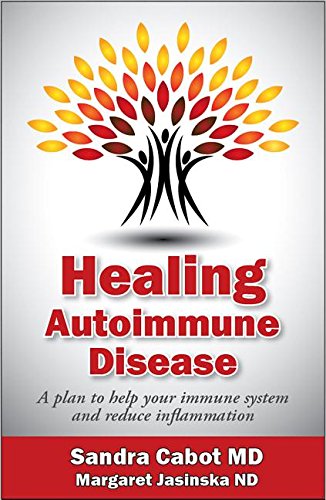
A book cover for Healing Autoimmune Disease: A Plan to Help Your Immune System and Reduce Inflammation; Sandra Dr. Cabot  MD; Health, Fitness & Dieting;